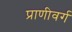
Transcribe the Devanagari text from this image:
प्राणीवर्ग